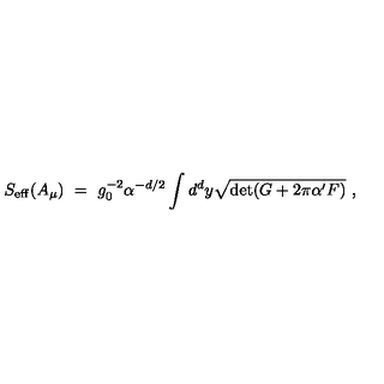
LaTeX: S _ { \mathrm { e f f } } ( A _ { \mu } ) \ = \ g _ { 0 } ^ { - 2 } \alpha ^ { - d / 2 } \int d ^ { d } y { \sqrt { \det ( G + 2 \pi \alpha ^ { \prime } F ) } } \ ,